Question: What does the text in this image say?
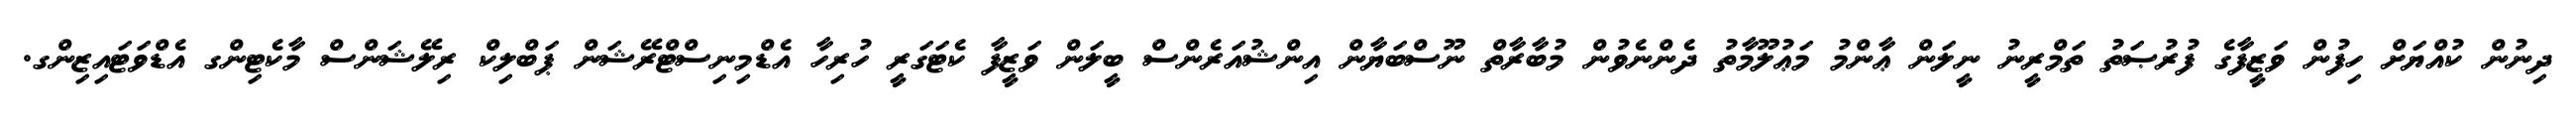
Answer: ދިނުން ކުއްޔަށް ހިފުން ވަޒީފާގެ ފުރުޞަތު ތަމްރީނު ނީލަން ޢާންމު މަޢުލޫމާތު ދެންނެވުން މުބާރާތް ނޫސްބަޔާން އިންޝުއަރެންސް ބީލަން ވަޒީފާ ކެޓަގަރީ ހުރިހާ އެޑްމިނިސްޓްރޭޝަން ޕަބްލިކް ރިލޭޝަންސް މާކެޓިންގ އެޑްވަޓައިޒިންގ.